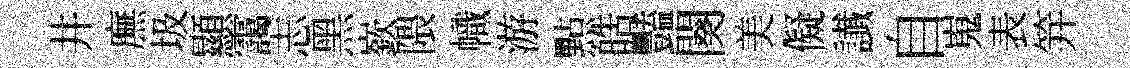
井廡圾顯靄志黑嶔隈幟游㸃皓豔闋美儗䜟自嵬表笄